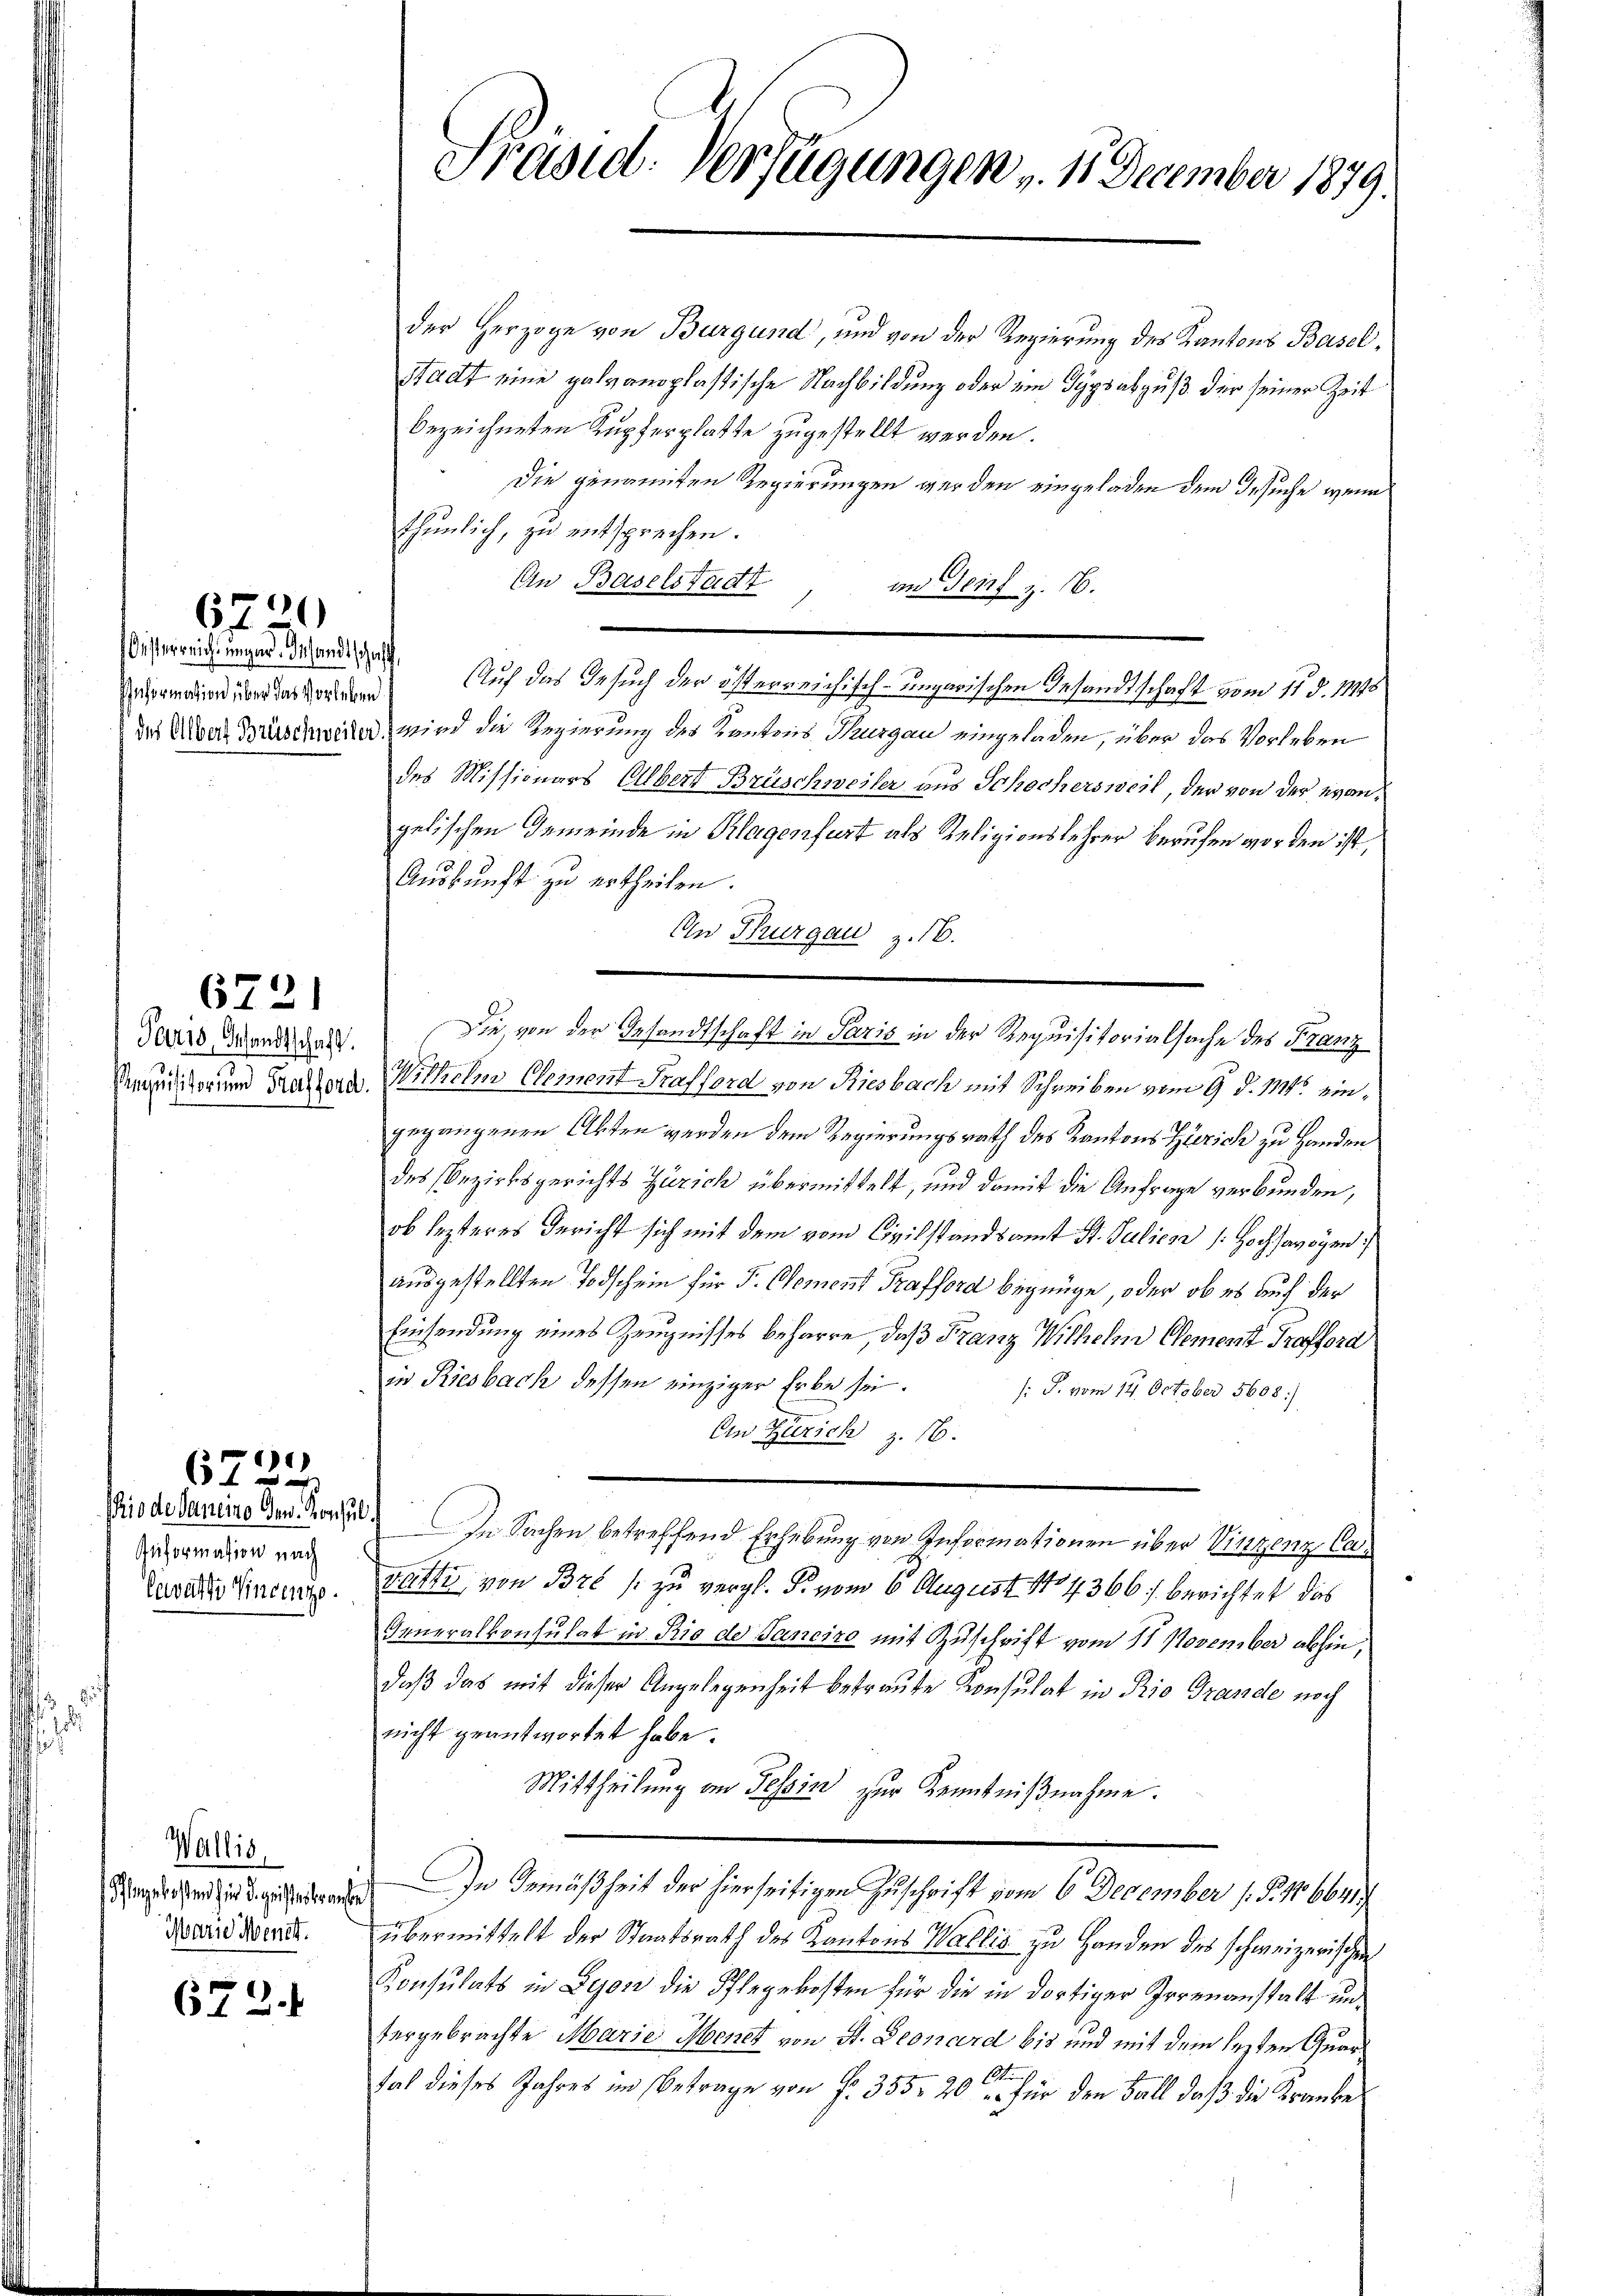
6700

isterreich ungend. Gesandt schaff

672)

Paris, Gesandtschaft.

Anformation nach
Cevatte Vincenze.

1
672

Wallis,
Marie Menet.

672.

der Herzoge von Burgund, und von der Regierung des Kantons Basel¬
Stadt eine galvanoplastische Nachbildung oder ein Gypsabguß der seiner Zeit
bezeichneten Kupferplatte zugestellt werden.
Die genannten Regierungen werden eingeladen dem Gesuche, wenn
thunlich, zu entsprechen.
An Baselstadt
im Genf z. B.
dermaier über das ordnung Auf das Gesuch der österreichisch-ungarischen Gesandtschaft vom 11. d. 18948
dn Uber Brüschweiler, wird die Regierung des Kantons Thurgau eingeladen, über das Vorleben
des Missionars Albert Brüschweiler aus Schochersweil, der von der evangelischen Gemeinde in Klagenfurt als Religionslehrer berufen worden ist,
Auskunft zu ertheilen.
An Thurgau z. 16.
Die, von der Gesandtschaft in Paris in der Requisitorialsache des Franz
Minorum Faltern Wilhelm Clement Trafford von Riesbach mit Schreiben vom 9. d. M. eingegangenen Akten werden dem Regierungsrath des Kantons Zürich zu Handen
des Bezirksgerichts Zürich übermittelt, und damit die Anfrage verbunden,
ob lezteres Gericht sich mit dem vom Civilstandsamt St. Julien (: Hochsavoyen
ausgestellten Todschein für F. Clement Prafford begnüge, oder ob es auf der
Einsendung eines Zeugnisses beharre, daß Franz Wilhelm Cement Grafford
in Riesbach dessen einziger Erbe sei.
/: J. vom 14. October 5608)
An Zürich z. 16.
dio de darina der Vorte. In Sachen betreffend Erhebung von Informationen über Vinzenz Caratti, von Bre / zu vergl. P. vom 6. August 184366 f. berichtet das
Generalkonsulat in Rio der Sanciro mit Zuschrift vom 11. November abhin,
daß das mit dieser Angelegenheit betraute Konsulat in Rio Grande noch
nicht geantwortet habe.
Mittheilung an Tessin zur Kenntnißnahme.
 In Gemäßheit der hierseitigen Zuschrift vom 6. December (§. 106641
übermittelt der Staatsrath des Kantons Wallis zu Handen des schweizerischen
Konsulats in Lyon die Pflegekosten für die in dortiger Irrenanstalt untergebrachte Marie Menet von St. Geonard bis und mit dem lezten Quarfal dieses Jahres im Betrage von P. 355. 20 ten für den Fall daß die Kranke

Präsid. Verfügungen v. 17 December 1879.